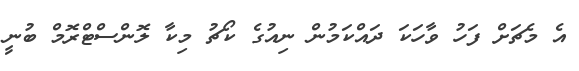
އެ މެޗަށް ފަހު ވާހަކަ ދައްކަމުން ނިއުގެ ކޯޗު މިކާ ލޮންސްޓްރޮމް ބުނީ